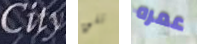
City تلق عمره